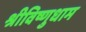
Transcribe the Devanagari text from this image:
श्रीविष्णुधाम